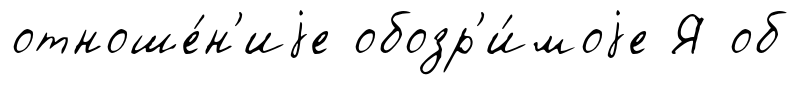
отноше́н'иjе обозр'и́моjе Я об